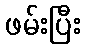
ဖမ်းပြီး